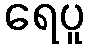
ရေပူ